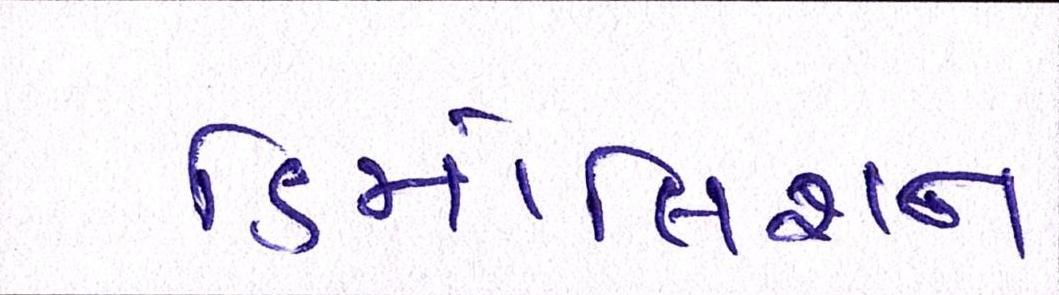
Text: ડિમોલિશન